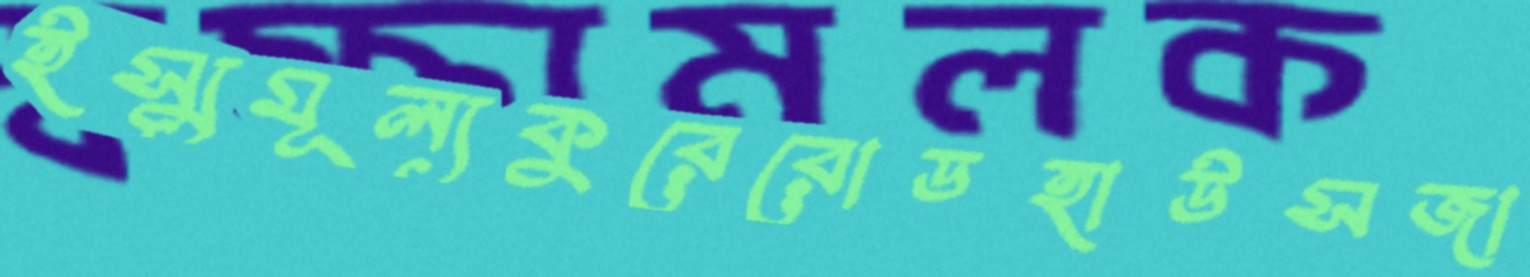
ইস্যুমূল্যকুরেরোডহাউসজা